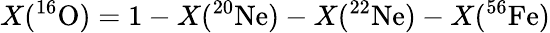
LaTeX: X(^{16}\mathrm{O})=1-X(^{20}\mathrm{Ne})-X(^{22}\mathrm{Ne})-X(^{56}\mathrm{Fe})